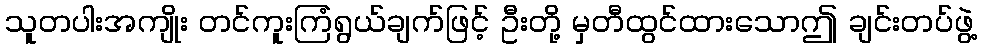
သူတပါးအကျိုး တင်ကူးကြံရွယ်ချက်ဖြင့် ဦးတို့ မှတီထွင်ထားသောဤ ချင်းတပ်ဖွဲ့